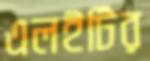
এলইটির